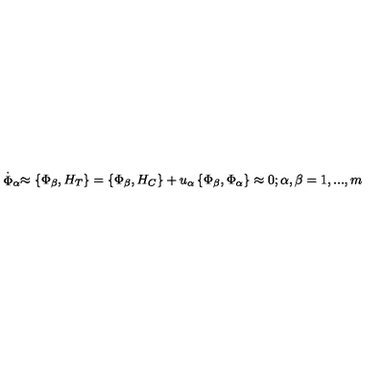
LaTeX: \stackrel { . } { \Phi } _ { \alpha } \approx \left\{ \Phi _ { \beta } , H _ { T } \right\} = \left\{ \Phi _ { \beta } , H _ { C } \right\} + u _ { \alpha } \left\{ \Phi _ { \beta } , \Phi _ { \alpha } \right\} \approx 0 ; \alpha , \beta = 1 , . . . , m